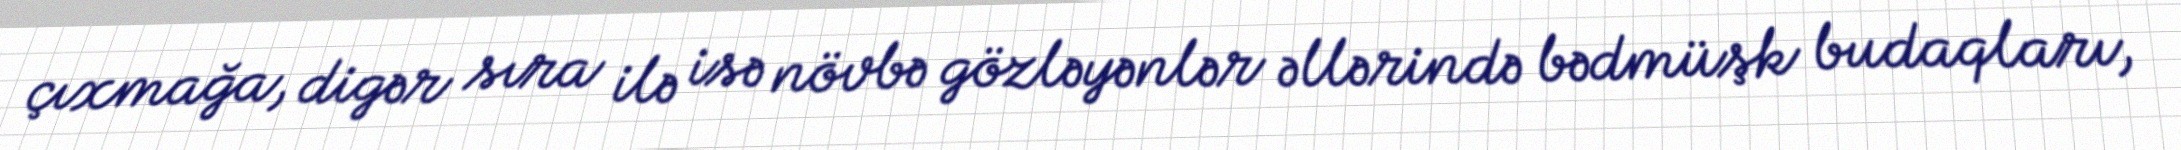
çıxmağa, digər sıra ilə isə növbə gözləyənlər əllərində bədmüşk budaqları,